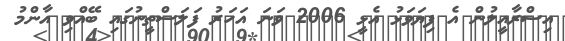
އިސްރާއީލުން އެ ފިޔަވަޅު އެޅީ 2006 ވަނަ އަހަރު ފަލަސްތީނުގައި ބޭއްވި އާންމު